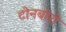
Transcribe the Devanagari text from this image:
टोनबोरो